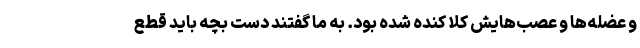
و عضله‌ها و عصب‌هایش کلا کنده شده بود. به ما گفتند دست بچه باید قطع